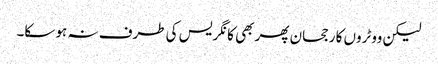
لیکن ووٹروں کا رجحان پھر بھی کانگریس کی طرف نہ ہو سکا۔